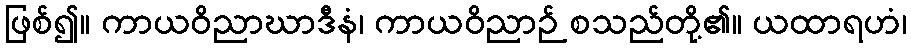
ဖြစ်၍။ ကာယဝိညာဃာဒီနံ၊ ကာယဝိညာဉ် စသည်တို့၏။ ယထာရဟံ၊